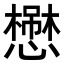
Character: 𢣬